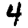
Digit: 4